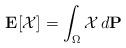
LaTeX: \begin{gather*}\mathbf{E}[\mathcal{X}]= \int_{\Omega} \mathcal{X} \,d\mathbf{P}\end{gather*}